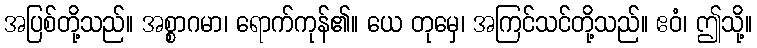
အပြစ်တို့သည်။ အစ္စာဂမာ၊ ရောက်ကုန်၏။ ယေ တုမှေ၊ အကြင်သင်တို့သည်။ ဧဝံ၊ ဤသို့။